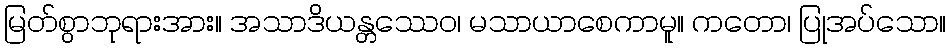
မြတ်စွာဘုရားအား။ အသာဒိယန္တဿေဝ၊ မသာယာစေကာမူ။ ကတော၊ ပြုအပ်သော။